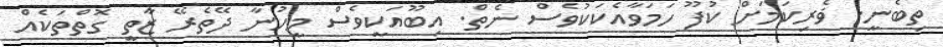
ތިބެނީ. ޥެރިކަމަށް ކުފޫ ހަމަވާއެކަކުވެސް ނެތް. އިބޫއަކީވެސް މީހުނާ ދޭތެރޭ ޒާތީ ގޮތްތަކެއް